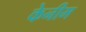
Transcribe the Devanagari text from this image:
केनीम